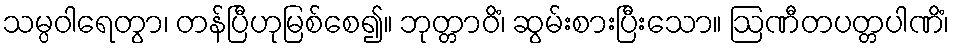
သမ္ပဝါရေတွာ၊ တန်ပြီဟုမြစ်စေ၍။ ဘုတ္တာဝိံ၊ ဆွမ်းစားပြီးသော။ ဩဏီတပတ္တပါဏိံ၊